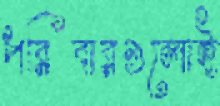
পরিবারগুলোই